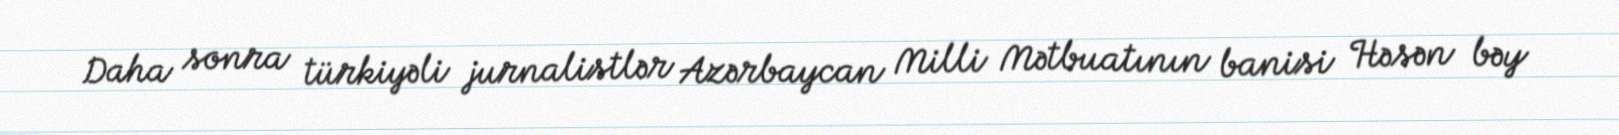
Daha sonra türkiyəli jurnalistlər Azərbaycan Milli Mətbuatının banisi Həsən bəy